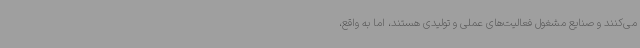
می‌کنند و صنایع مشغول فعالیت‌های عملی و تولیدی هستند، اما به‌ واقع،